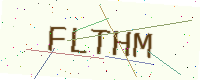
Text: FLTHM